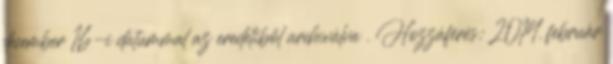
december 16-i dátummal az eredetiből archiválva . Hozzáférés: 2014. február